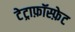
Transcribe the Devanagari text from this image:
टेट्राफ़ॉस्फ़ेट